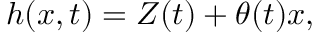
h ( x , t ) = Z ( t ) + \theta ( t ) x ,